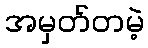
အမှတ်တမဲ့